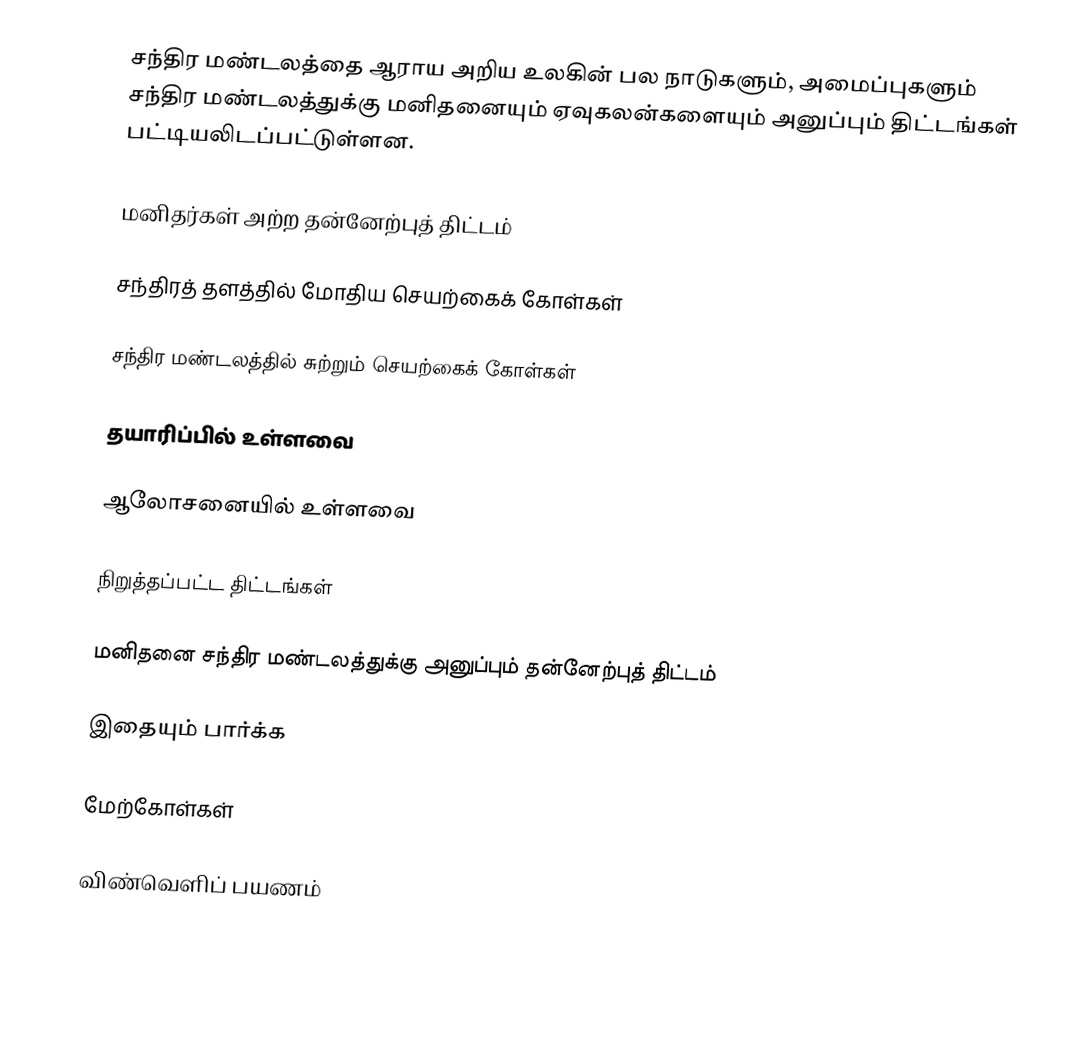
சந்திர மண்டலத்தை ஆராய அறிய உலகின் பல நாடுகளும், அமைப்புகளும் சந்திர மண்டலத்துக்கு மனிதனையும் ஏவுகலன்களையும் அனுப்பும் திட்டங்கள் பட்டியலிடப்பட்டுள்ளன.

மனிதர்கள் அற்ற தன்னேற்புத் திட்டம்

சந்திரத் தளத்தில் மோதிய செயற்கைக் கோள்கள்

சந்திர மண்டலத்தில் சுற்றும் செயற்கைக் கோள்கள்

தயாரிப்பில் உள்ளவை

ஆலோசனையில் உள்ளவை

நிறுத்தப்பட்ட திட்டங்கள்

மனிதனை சந்திர மண்டலத்துக்கு அனுப்பும் தன்னேற்புத் திட்டம்

இதையும் பார்க்க

மேற்கோள்கள்

விண்வெளிப் பயணம்